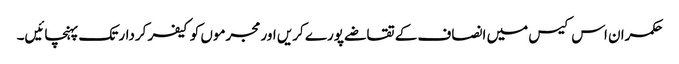
حکمران اس کیس میں انصاف کے تقاضے پورے کریں اور مجرموں کو کیفر کردار تک پہنچائیں۔